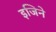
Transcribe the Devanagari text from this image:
इजिने